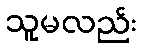
သူမလည်း